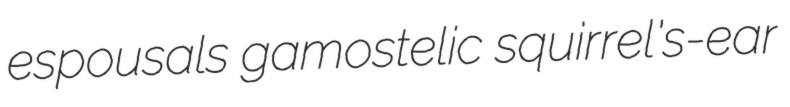
espousals gamostelic squirrel's-ear